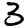
Digit: 3